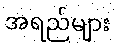
အရည်များ